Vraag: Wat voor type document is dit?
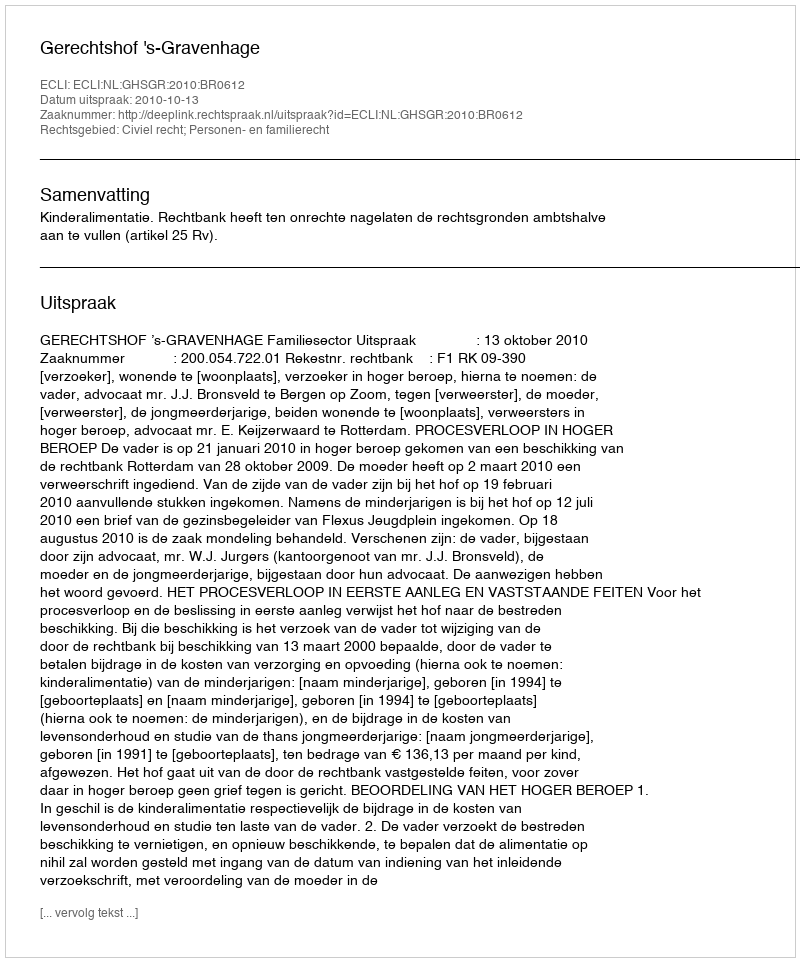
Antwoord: Uitspraak